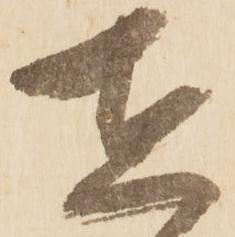
在